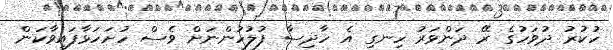
ހުކުރު ދުވަހުގެ ރޭ ދަންވަރު ހިނގި އެ ހާދިސާ ފުލުހުންނަށް ވެސް ހުށަހަޅާފައިވާކަން